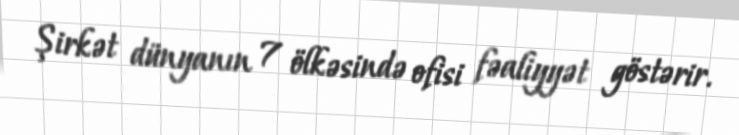
Şirkət dünyanın 7 ölkəsində ofisi fəaliyyət göstərir.